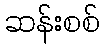
ဆန်းစစ်